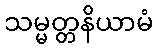
သမ္မတ္တနိယာမံ